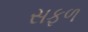
સફળ